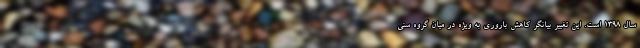
سال ١٣٩٨ است. این تغییر بیانگر کاهش باروری به ویژه در میان گروه سنی